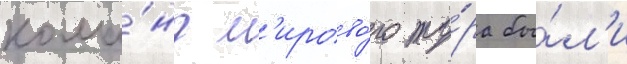
кома́нд м'ирово́го ту́ра бы́л'и